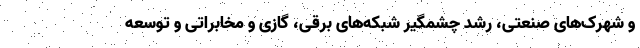
و شهرک‌های صنعتی، رشد چشمگیر شبکه‌های برقی، گازی و مخابراتی و توسعه